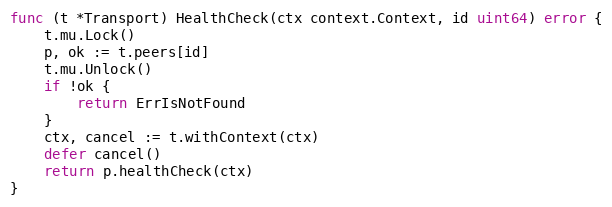
Language: Go
func (t *Transport) HealthCheck(ctx context.Context, id uint64) error {
	t.mu.Lock()
	p, ok := t.peers[id]
	t.mu.Unlock()
	if !ok {
		return ErrIsNotFound
	}
	ctx, cancel := t.withContext(ctx)
	defer cancel()
	return p.healthCheck(ctx)
}